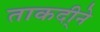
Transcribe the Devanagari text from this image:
ताकदी्ने